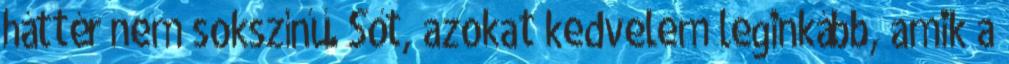
háttér nem sokszínű. Sőt, azokat kedvelem leginkább, amik a